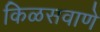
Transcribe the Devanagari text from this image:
किळसवाणे